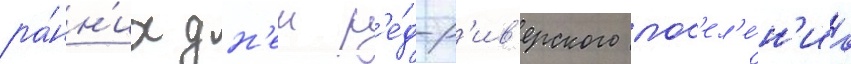
ра́нн'их дн'еи р'е́д-р'ив'ерского пос'ел'е́н'иа